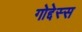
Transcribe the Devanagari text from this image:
गोद्देस्स